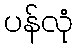
ပန်လုံ